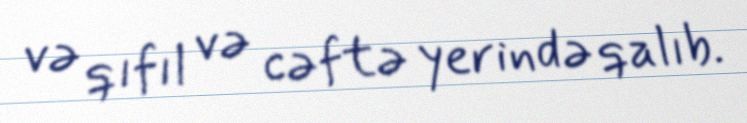
və qıfıl və cəftə yerində qalıb.